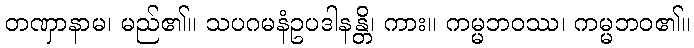
တဏှာနာမ၊ မည်၏။ သပဂမနံဥပဒါနန္တိ၊ ကား။ ကမ္မဘဝဿ၊ ကမ္မဘဝ၏။